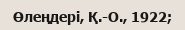
Өлеңдері, Қ.-О., 1922;